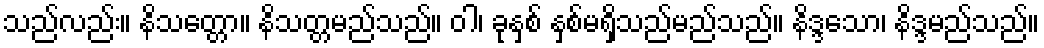
သည်လည်း။ နိသတ္တော။ နိသတ္တမည်သည်။ ဝါ၊ ခုနှစ် နှစ်မရှိသည်မည်သည်။ နိဒ္ဒသော၊ နိဒ္ဒမည်သည်။